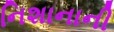
નિશાનાની